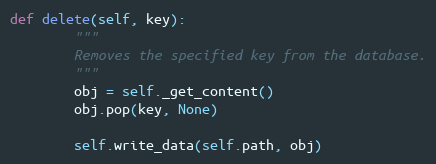
Language: Python
def delete(self, key):
        """
        Removes the specified key from the database.
        """
        obj = self._get_content()
        obj.pop(key, None)

        self.write_data(self.path, obj)